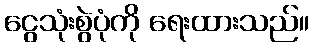
ငွေသုံးစွဲပုံကို ရေးထားသည်။